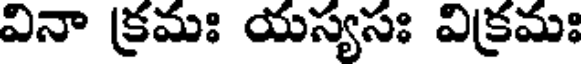
వినా క్రమః యస్యసః విక్రమః